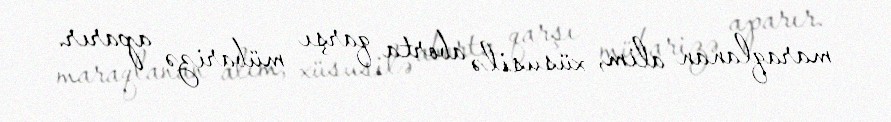
maraqlanan alim, xüsusilə aborta qarşı mübarizə aparır.